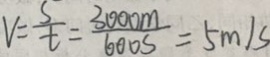
V = \frac { s } { t } = \frac { 3 0 0 0 m } { 6 0 0 s } = 5 m / s